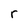
Character: r